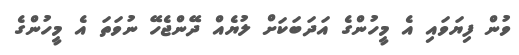
ވުން ފިޔަވައި އެ މީހުންގެ އަދަބަކަށް ލުޔެއް ދޭންޖެހޭ ނުވަތަ އެ މީހުންގެ